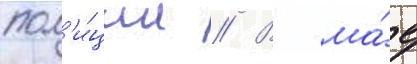
пол'и́ции // В ма́е